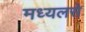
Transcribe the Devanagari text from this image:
मध्यलसे